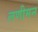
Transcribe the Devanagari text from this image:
लणीमन